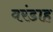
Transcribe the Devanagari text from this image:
वरंडाह